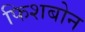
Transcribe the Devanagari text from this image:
फिशबोन